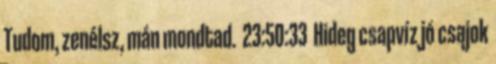
Tudom, zenélsz, mán mondtad. 23:50:33 Hideg csapvíz jó csajok